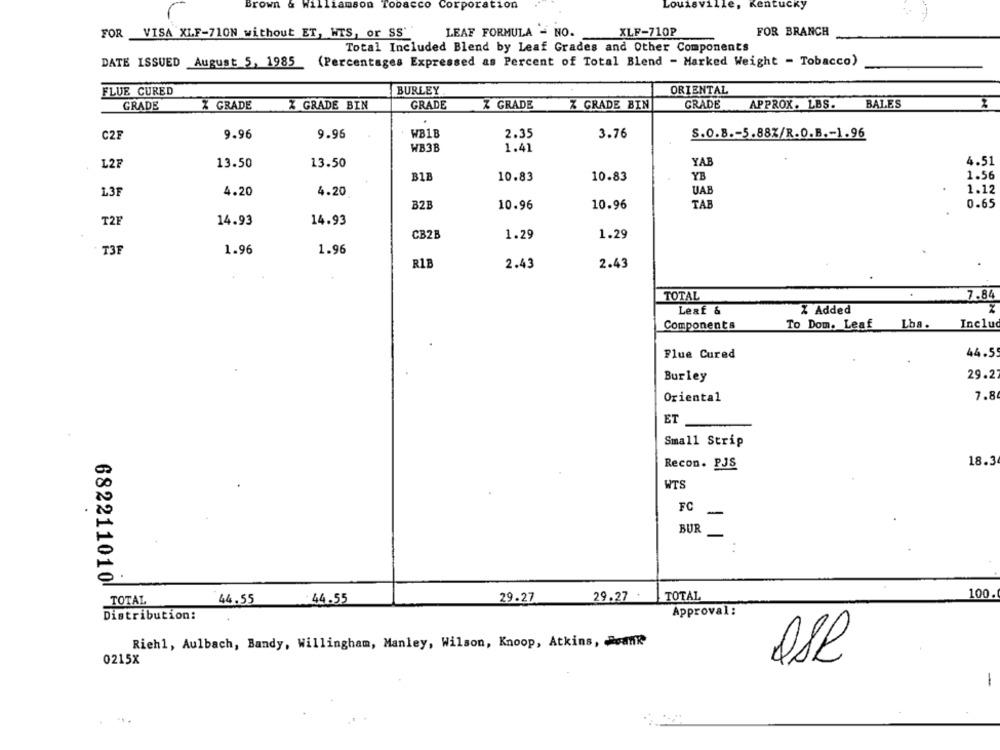
Brown & Williamson Tobacco Corporation
Louisville, Kentucky
FOR BRANCH
FOR VISA XLF-71ON without ET, WTS, or SS'
LEAF FORMULA - NO.
XLF-710P
Total Included Blend by Leaf Grades and Other Components
DATE ISSUED August 5, 1985 (Percentages Expressed as Percent of Total Blend - Marked Weight - Tobacco)
FLUE CURED
BURLEY
ORIENTAL
GRADE
X GRADE
GRADE
Z GRADE
X GRADE BIN
GRADE
APPROX. LBS.
BALES
2
Z GRADE BIN
9.96
9.96
WB1B
2.35
3.76
S.O.B .- 5.88%/R.O.B .- 1.96
C2F
WB3B
1.41
L2
13.50
13.50
YAB
4.51
B11
10.83
10.83
YB
1.56
L3F
4.20
4.20
UAE
1.12
TAB
0.65
BZE
10.96
10.96
T21
14.93
14.93
CB2B
1.29
1.29
T3F
1.96
1.96
RIB
2.43
2.43
TOTAL
7.84
Leaf &
% Added
Z
Components
To Dom. Leaf
Lba.
Includ
44.59
Flue Cured
29.2
Burley
7.8
Oriental
ET
Small Strip
Recon. PJS
18.3
WTS
FC
-
BUR
682211010
100.
44.55
: 44.55
29.27
29.27 +
TOTAL
TOTAL
Approval:
Distribution:
Rich1, Aulbach, Bandy, Willingham, Manley, Wilson, Knoop, Atkins, Peank
0215X
-